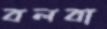
বলবা